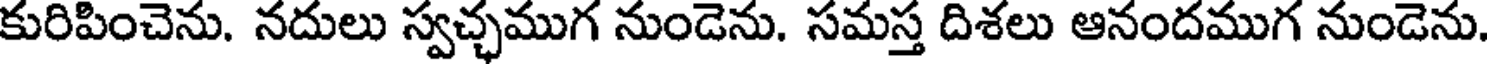
కురిపించెను. నదులు స్వచ్ఛముగ నుండెను. సమస్త దిశలు ఆనందముగ నుండెను.